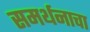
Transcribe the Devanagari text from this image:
समर्थनाचा